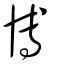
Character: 博